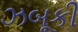
ઝબૂકી